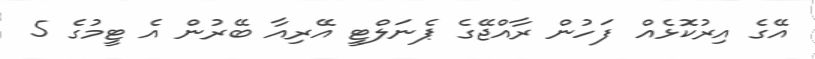
އޭގެ އިރުކޮޅެއް ފަހުން ރާއްޖޭގެ ޕެނަލްޓީ އޭރިއާ ބޭރުން އެ ޓީމުގެ 5